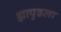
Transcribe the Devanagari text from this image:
ह्यापुढला